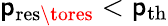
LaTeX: \mathsf{p}_{\mathrm{{res\tores}}}<\mathsf{p}_{\mathrm{{th}}}